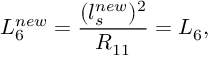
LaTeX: L _ { 6 } ^ { n e w } = \frac { ( l _ { s } ^ { n e w } ) ^ { 2 } } { R _ { 1 1 } } = L _ { 6 } ,